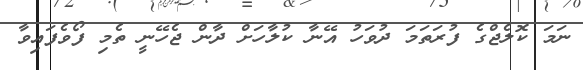
ނަމަ ކޮލެޖްގެ ފުރަތަމަ ދުވަހު އޭނާ ކުލާހަށް ދާން ޖެހޭނީ ތެމި ފޯވެފައިވާ